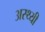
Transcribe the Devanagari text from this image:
अस्थ्यी